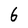
Character: 6